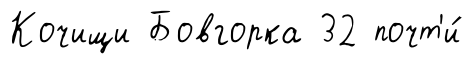
Кочищи Бовгорка 32 почт'и́